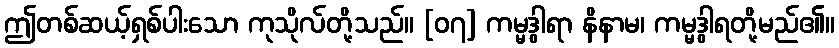
ဤတစ်ဆယ့်ရှစ်ပါးသော ကုသိုလ်တို့သည်။ [၀၇] ကမ္မဒွါရာ နိနာမ၊ ကမ္မဒွါရတို့မည်၏။